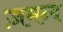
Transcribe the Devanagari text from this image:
ज़मन्द